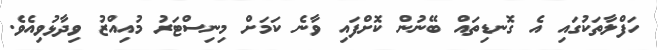
ހަފްލާތަކުގައި އެ ގޮނޑިތައް ބޭނުން ކޮށްފައި ވާނެ ކަމަށް މިނިސްޓަރު މުއިއްޒު ވިދާޅުވިއެވެ.